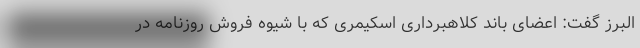
البرز گفت: اعضای باند کلاهبرداری اسکیمری که با شیوه فروش روزنامه در